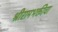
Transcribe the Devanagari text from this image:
श्रीरामभक्तीचा